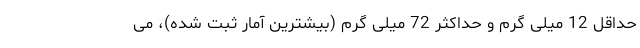
حداقل 12 میلی گرم و حداکثر 72 میلی گرم (بیشترین آمار ثبت شده)، می